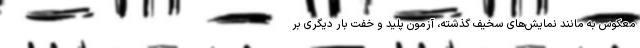
معکوس به مانند نمایش‌های سخیف گذشته، آزمون پلید و خفت بار دیگری بر